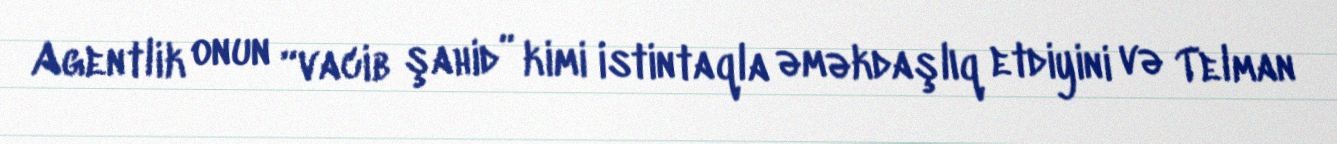
Agentlik onun “vacib şahid” kimi istintaqla əməkdaşlıq etdiyini və Telman